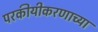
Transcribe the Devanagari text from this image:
परकीयीकरणाच्या